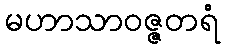
မဟာသာဝဇ္ဇတရံ